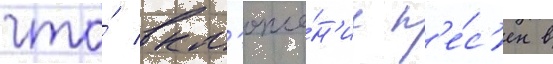
что́ вкл'юче́н'ие п'е́с'ен в